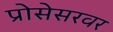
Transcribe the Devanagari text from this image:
प्रोसेसरवर